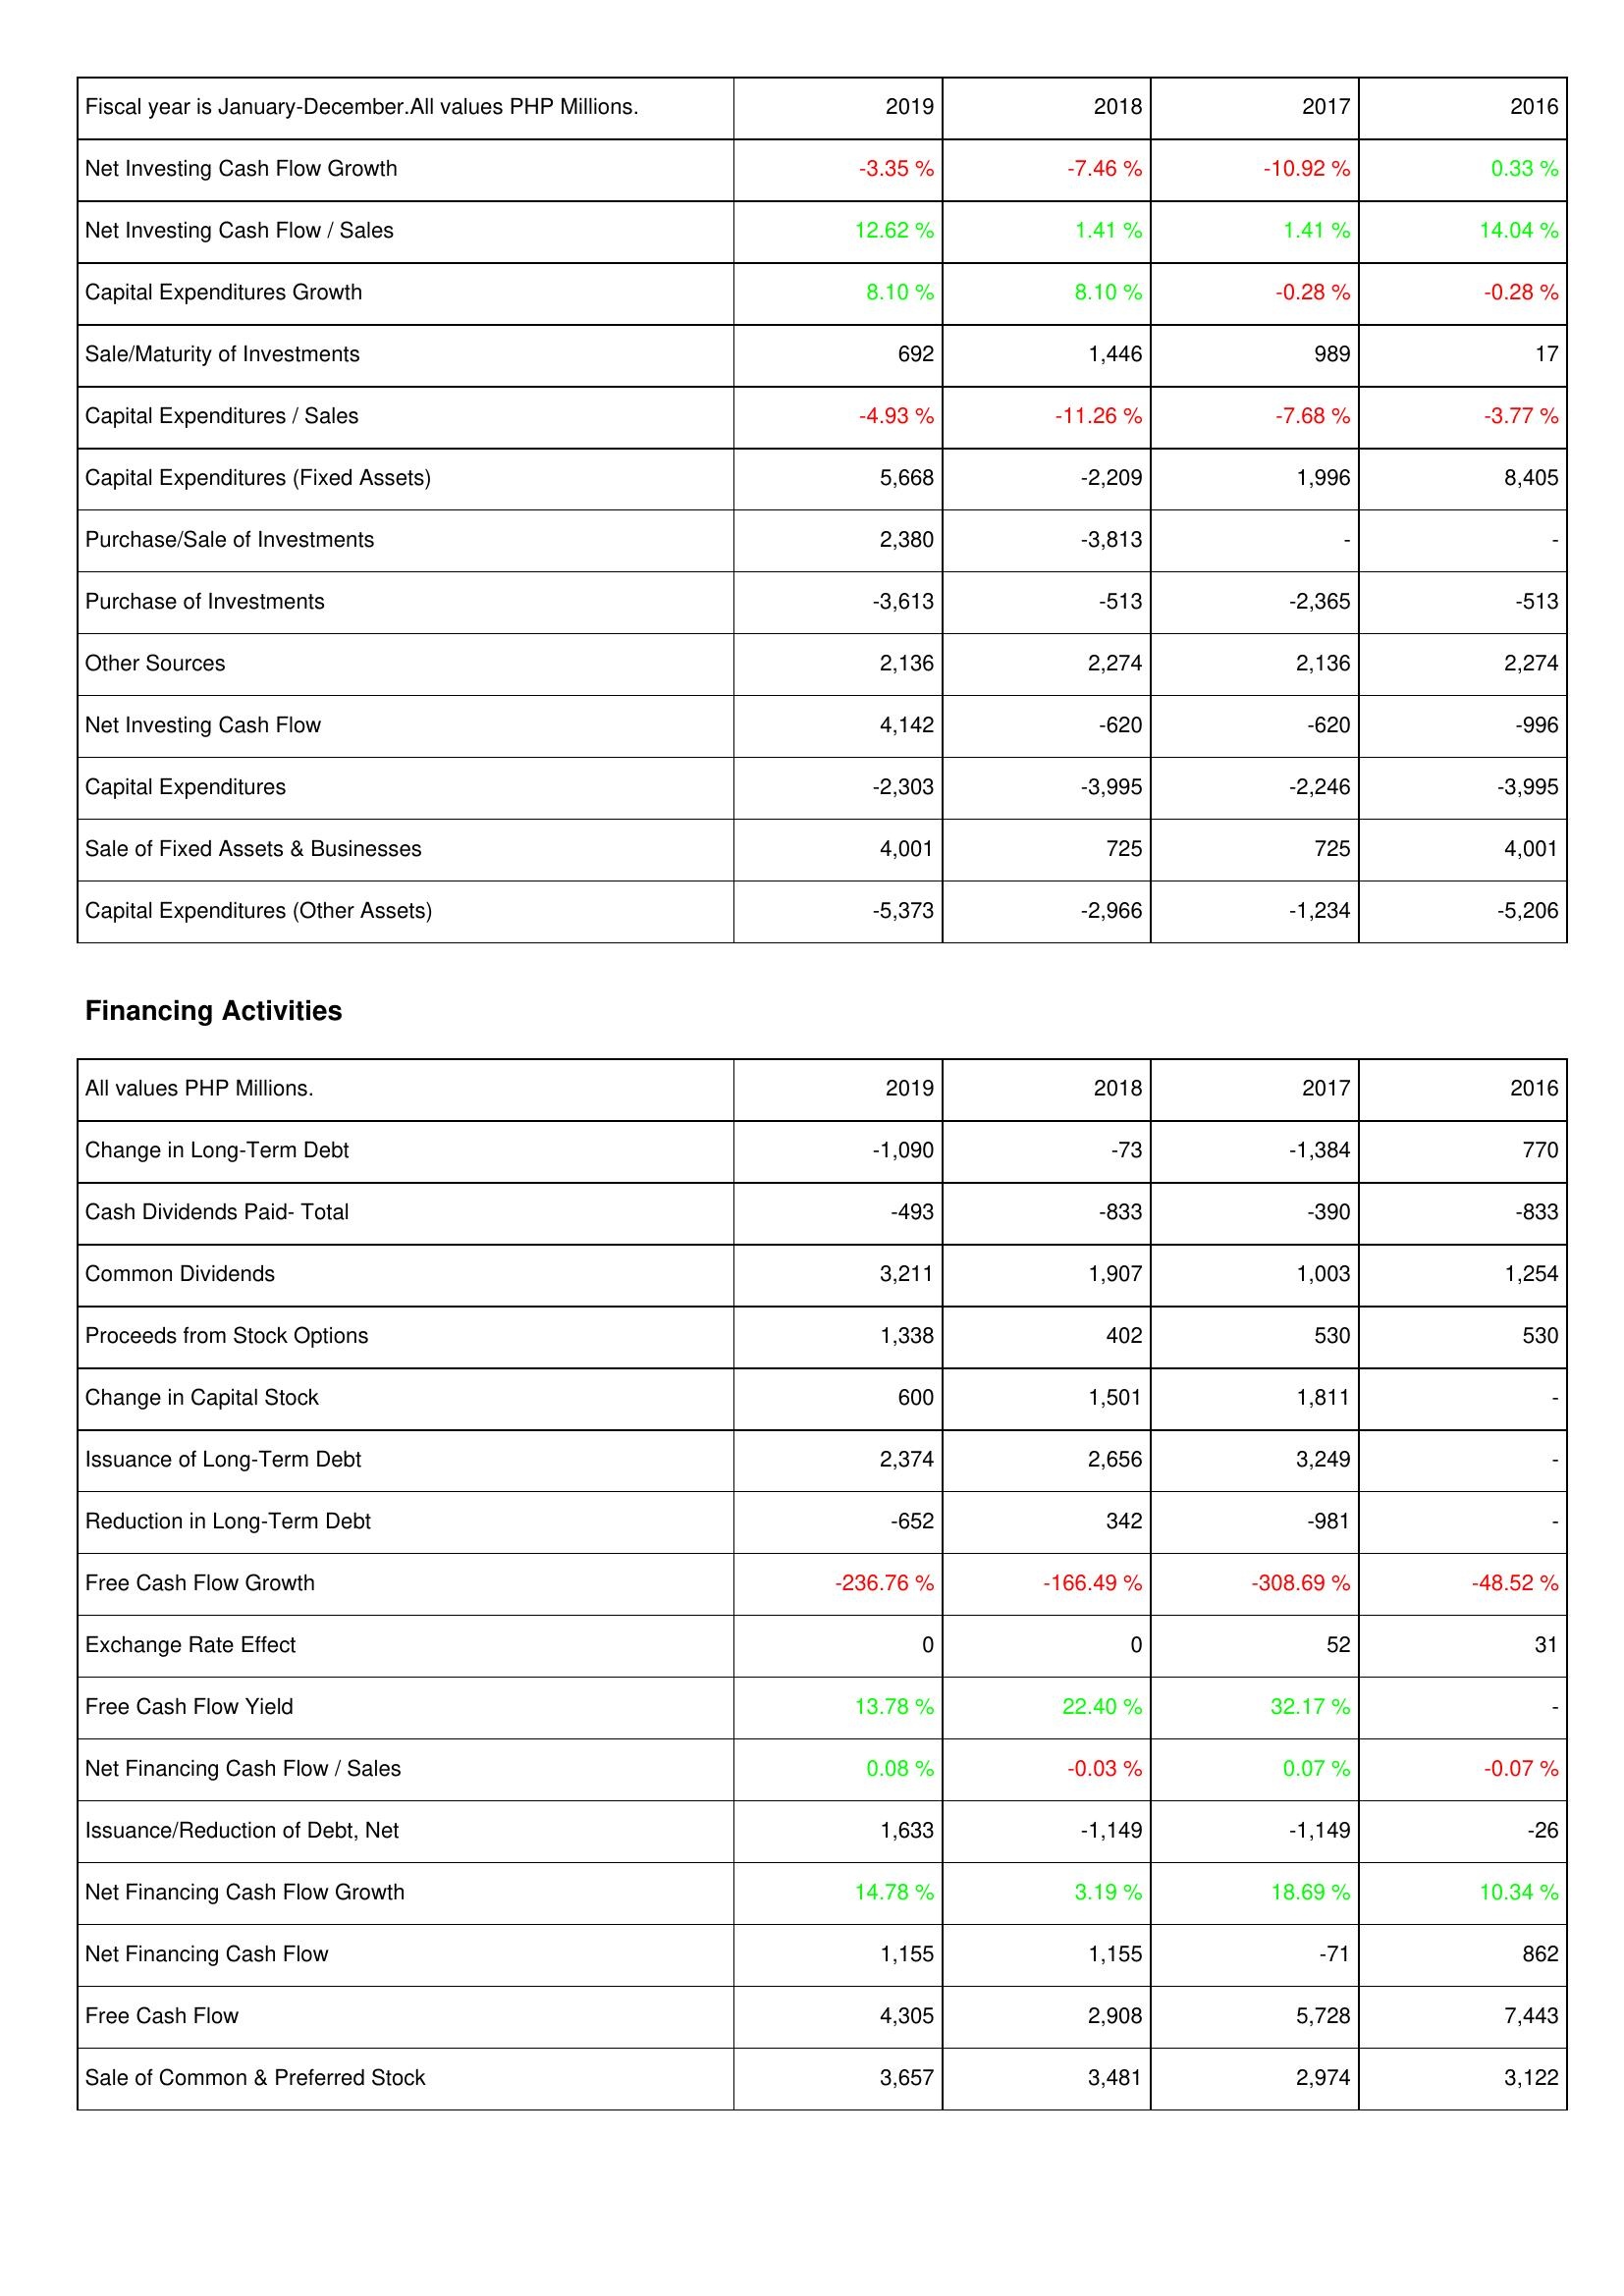
2019: Investing Activities: Net Investing Cash Flow Growth: -3.35 %
Net Investing Cash Flow / Sales: 12.62 %
Capital Expenditures Growth: 8.10 %
Sale/Maturity of Investments: 692
Capital Expenditures / Sales: -4.93 %
Capital Expenditures (Fixed Assets): 5,668
Purchase/Sale of Investments: 2,380
Purchase of Investments: -3,613
Other Sources: 2,136
Net Investing Cash Flow: 4,142
Capital Expenditures: -2,303
Sale of Fixed Assets & Businesses: 4,001
Capital Expenditures (Other Assets): -5,373
Financing Activities: Change in Long-Term Debt: -1,090
Cash Dividends Paid- Total: -493
Common Dividends: 3,211
Proceeds from Stock Options: 1,338
Change in Capital Stock: 600
Issuance of Long-Term Debt: 2,374
Reduction in Long-Term Debt: -652
Free Cash Flow Growth: -236.76 %
Exchange Rate Effect: 0
Free Cash Flow Yield: 13.78 %
Net Financing Cash Flow / Sales: 0.08 %
Issuance/Reduction of Debt, Net: 1,633
Net Financing Cash Flow Growth: 14.78 %
Net Financing Cash Flow: 1,155
Free Cash Flow: 4,305
Sale of Common & Preferred Stock: 3,657
2018: Investing Activities: Net Investing Cash Flow Growth: -7.46 %
Net Investing Cash Flow / Sales: 1.41 %
Capital Expenditures Growth: 8.10 %
Sale/Maturity of Investments: 1,446
Capital Expenditures / Sales: -11.26 %
Capital Expenditures (Fixed Assets): -2,209
Purchase/Sale of Investments: -3,813
Purchase of Investments: -513
Other Sources: 2,274
Net Investing Cash Flow: -620
Capital Expenditures: -3,995
Sale of Fixed Assets & Businesses: 725
Capital Expenditures (Other Assets): -2,966
Financing Activities: Change in Long-Term Debt: -73
Cash Dividends Paid- Total: -833
Common Dividends: 1,907
Proceeds from Stock Options: 402
Change in Capital Stock: 1,501
Issuance of Long-Term Debt: 2,656
Reduction in Long-Term Debt: 342
Free Cash Flow Growth: -166.49 %
Exchange Rate Effect: 0
Free Cash Flow Yield: 22.40 %
Net Financing Cash Flow / Sales: -0.03 %
Issuance/Reduction of Debt, Net: -1,149
Net Financing Cash Flow Growth: 3.19 %
Net Financing Cash Flow: 1,155
Free Cash Flow: 2,908
Sale of Common & Preferred Stock: 3,481
2017: Investing Activities: Net Investing Cash Flow Growth: -10.92 %
Net Investing Cash Flow / Sales: 1.41 %
Capital Expenditures Growth: -0.28 %
Sale/Maturity of Investments: 989
Capital Expenditures / Sales: -7.68 %
Capital Expenditures (Fixed Assets): 1,996
Purchase/Sale of Investments: -
Purchase of Investments: -2,365
Other Sources: 2,136
Net Investing Cash Flow: -620
Capital Expenditures: -2,246
Sale of Fixed Assets & Businesses: 725
Capital Expenditures (Other Assets): -1,234
Financing Activities: Change in Long-Term Debt: -1,384
Cash Dividends Paid- Total: -390
Common Dividends: 1,003
Proceeds from Stock Options: 530
Change in Capital Stock: 1,811
Issuance of Long-Term Debt: 3,249
Reduction in Long-Term Debt: -981
Free Cash Flow Growth: -308.69 %
Exchange Rate Effect: 52
Free Cash Flow Yield: 32.17 %
Net Financing Cash Flow / Sales: 0.07 %
Issuance/Reduction of Debt, Net: -1,149
Net Financing Cash Flow Growth: 18.69 %
Net Financing Cash Flow: -71
Free Cash Flow: 5,728
Sale of Common & Preferred Stock: 2,974
2016: Investing Activities: Net Investing Cash Flow Growth: 0.33 %
Net Investing Cash Flow / Sales: 14.04 %
Capital Expenditures Growth: -0.28 %
Sale/Maturity of Investments: 17
Capital Expenditures / Sales: -3.77 %
Capital Expenditures (Fixed Assets): 8,405
Purchase/Sale of Investments: -
Purchase of Investments: -513
Other Sources: 2,274
Net Investing Cash Flow: -996
Capital Expenditures: -3,995
Sale of Fixed Assets & Businesses: 4,001
Capital Expenditures (Other Assets): -5,206
Financing Activities: Change in Long-Term Debt: 770
Cash Dividends Paid- Total: -833
Common Dividends: 1,254
Proceeds from Stock Options: 530
Change in Capital Stock: -
Issuance of Long-Term Debt: -
Reduction in Long-Term Debt: -
Free Cash Flow Growth: -48.52 %
Exchange Rate Effect: 31
Free Cash Flow Yield: -
Net Financing Cash Flow / Sales: -0.07 %
Issuance/Reduction of Debt, Net: -26
Net Financing Cash Flow Growth: 10.34 %
Net Financing Cash Flow: 862
Free Cash Flow: 7,443
Sale of Common & Preferred Stock: 3,122